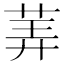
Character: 𰱂